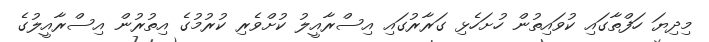
މިދިޔަ ހަފްތާގައި ކުވައިތުން ހުށަހެޅި ގަރާރުގައި އިސްރާއީލު ކުށްވެރި ކުރުމުގެ އިތުރުން އިސްރާއީލުގެ